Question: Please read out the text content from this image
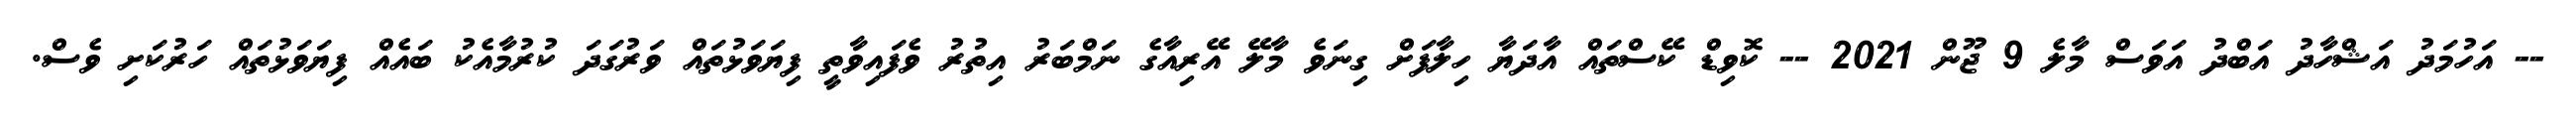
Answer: -- އަހުމަދު އަޝްހާދު އަބްދު އަވަސް މާލެ 9 ޖޫން 2021 -- ކޮވިޑް ކޭސްތައް އާދަޔާ ހިލާފަށް ގިނަވެ މާލޭ އޭރިއާގެ ނަމްބަރު އިތުރު ވެފައިވާތީ ފިޔަވަޅުތައް ވަރުގަދަ ކުރުމާއެކު ބައެއް ފިޔަވަޅުތައް ހަރުކަށި ވެސް.